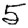
Digit: 5